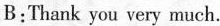
B:Thank you very much.